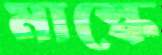
মাস্কে